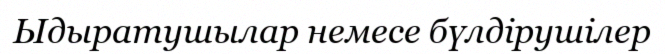
Ыдыратушылар немесе бүлдірушілер